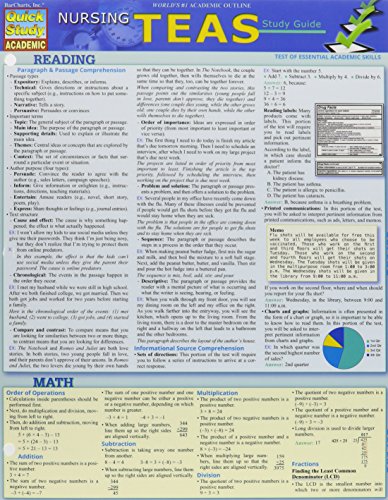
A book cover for Nursing Teas Guide (Quick Study Academic); Inc. BarCharts; Medical Books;